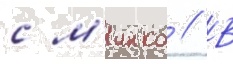
с м'инко // В